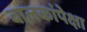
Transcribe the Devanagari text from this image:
बालकांपेक्षा